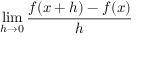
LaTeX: \operatorname* { l i m } _ { h \to 0 } { \frac { f ( x + h ) - f ( x ) } { h } }